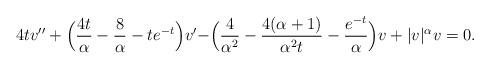
LaTeX: \begin{align*} 4t v''+\Bigl (\frac {4t} {\alpha }-\frac {8} {\alpha }-te^{-t}\Bigr )v'-\Bigr (\frac {4} {\alpha ^2}-\frac {4(\alpha +1)} {\alpha ^2 t}-\frac {e^{-t}} {\alpha }\Bigl )v+|v|^\alpha v=0 .\end{align*}